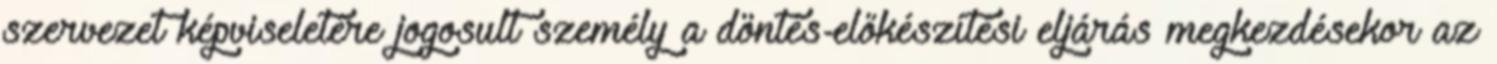
szervezet képviseletére jogosult személy a döntés-előkészítési eljárás megkezdésekor az